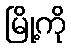
မြို့ကို